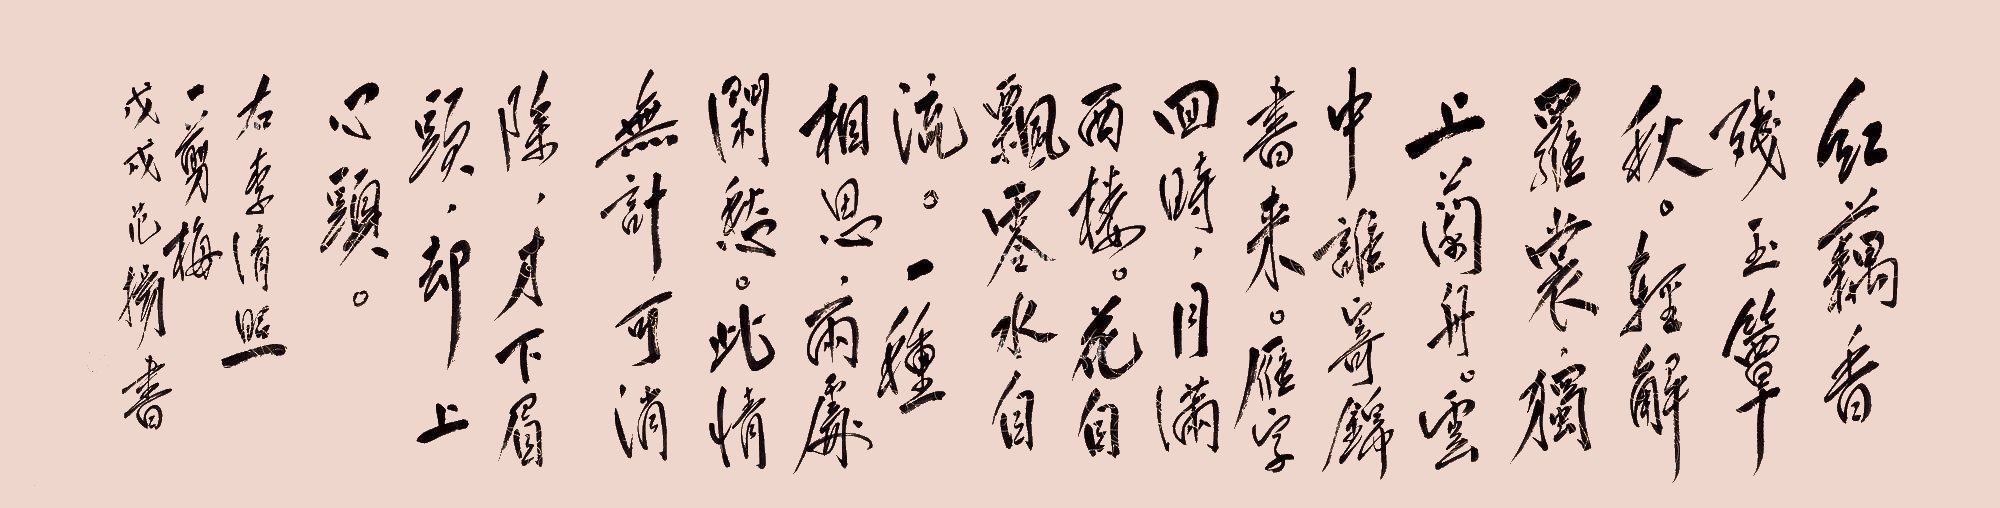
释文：红藕香残玉簟秋，轻解罗裳，独上兰舟。云中谁寄锦书来，雁字回时，月满西楼。花自飘零水自流，一种相思，两处闲愁。此情无计可消除，才下眉头，却上心头。右李清照《一剪梅》。戊戌范扬书。